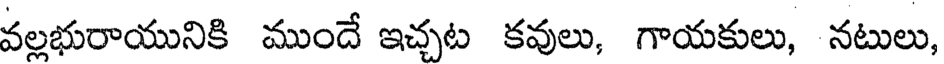
వల్లభురాయునికి ముందే ఇచ్చట కవులు, గాయకులు, నటులు,